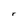
Character: r